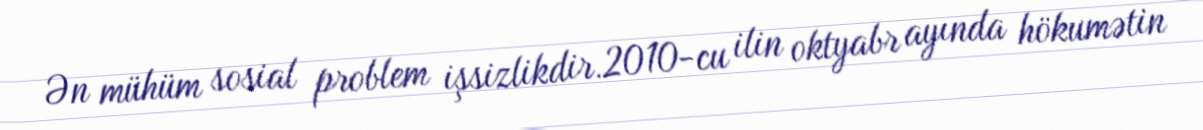
Ən mühüm sosial problem işsizlikdir.2010-cu ilin oktyabr ayında hökumətin